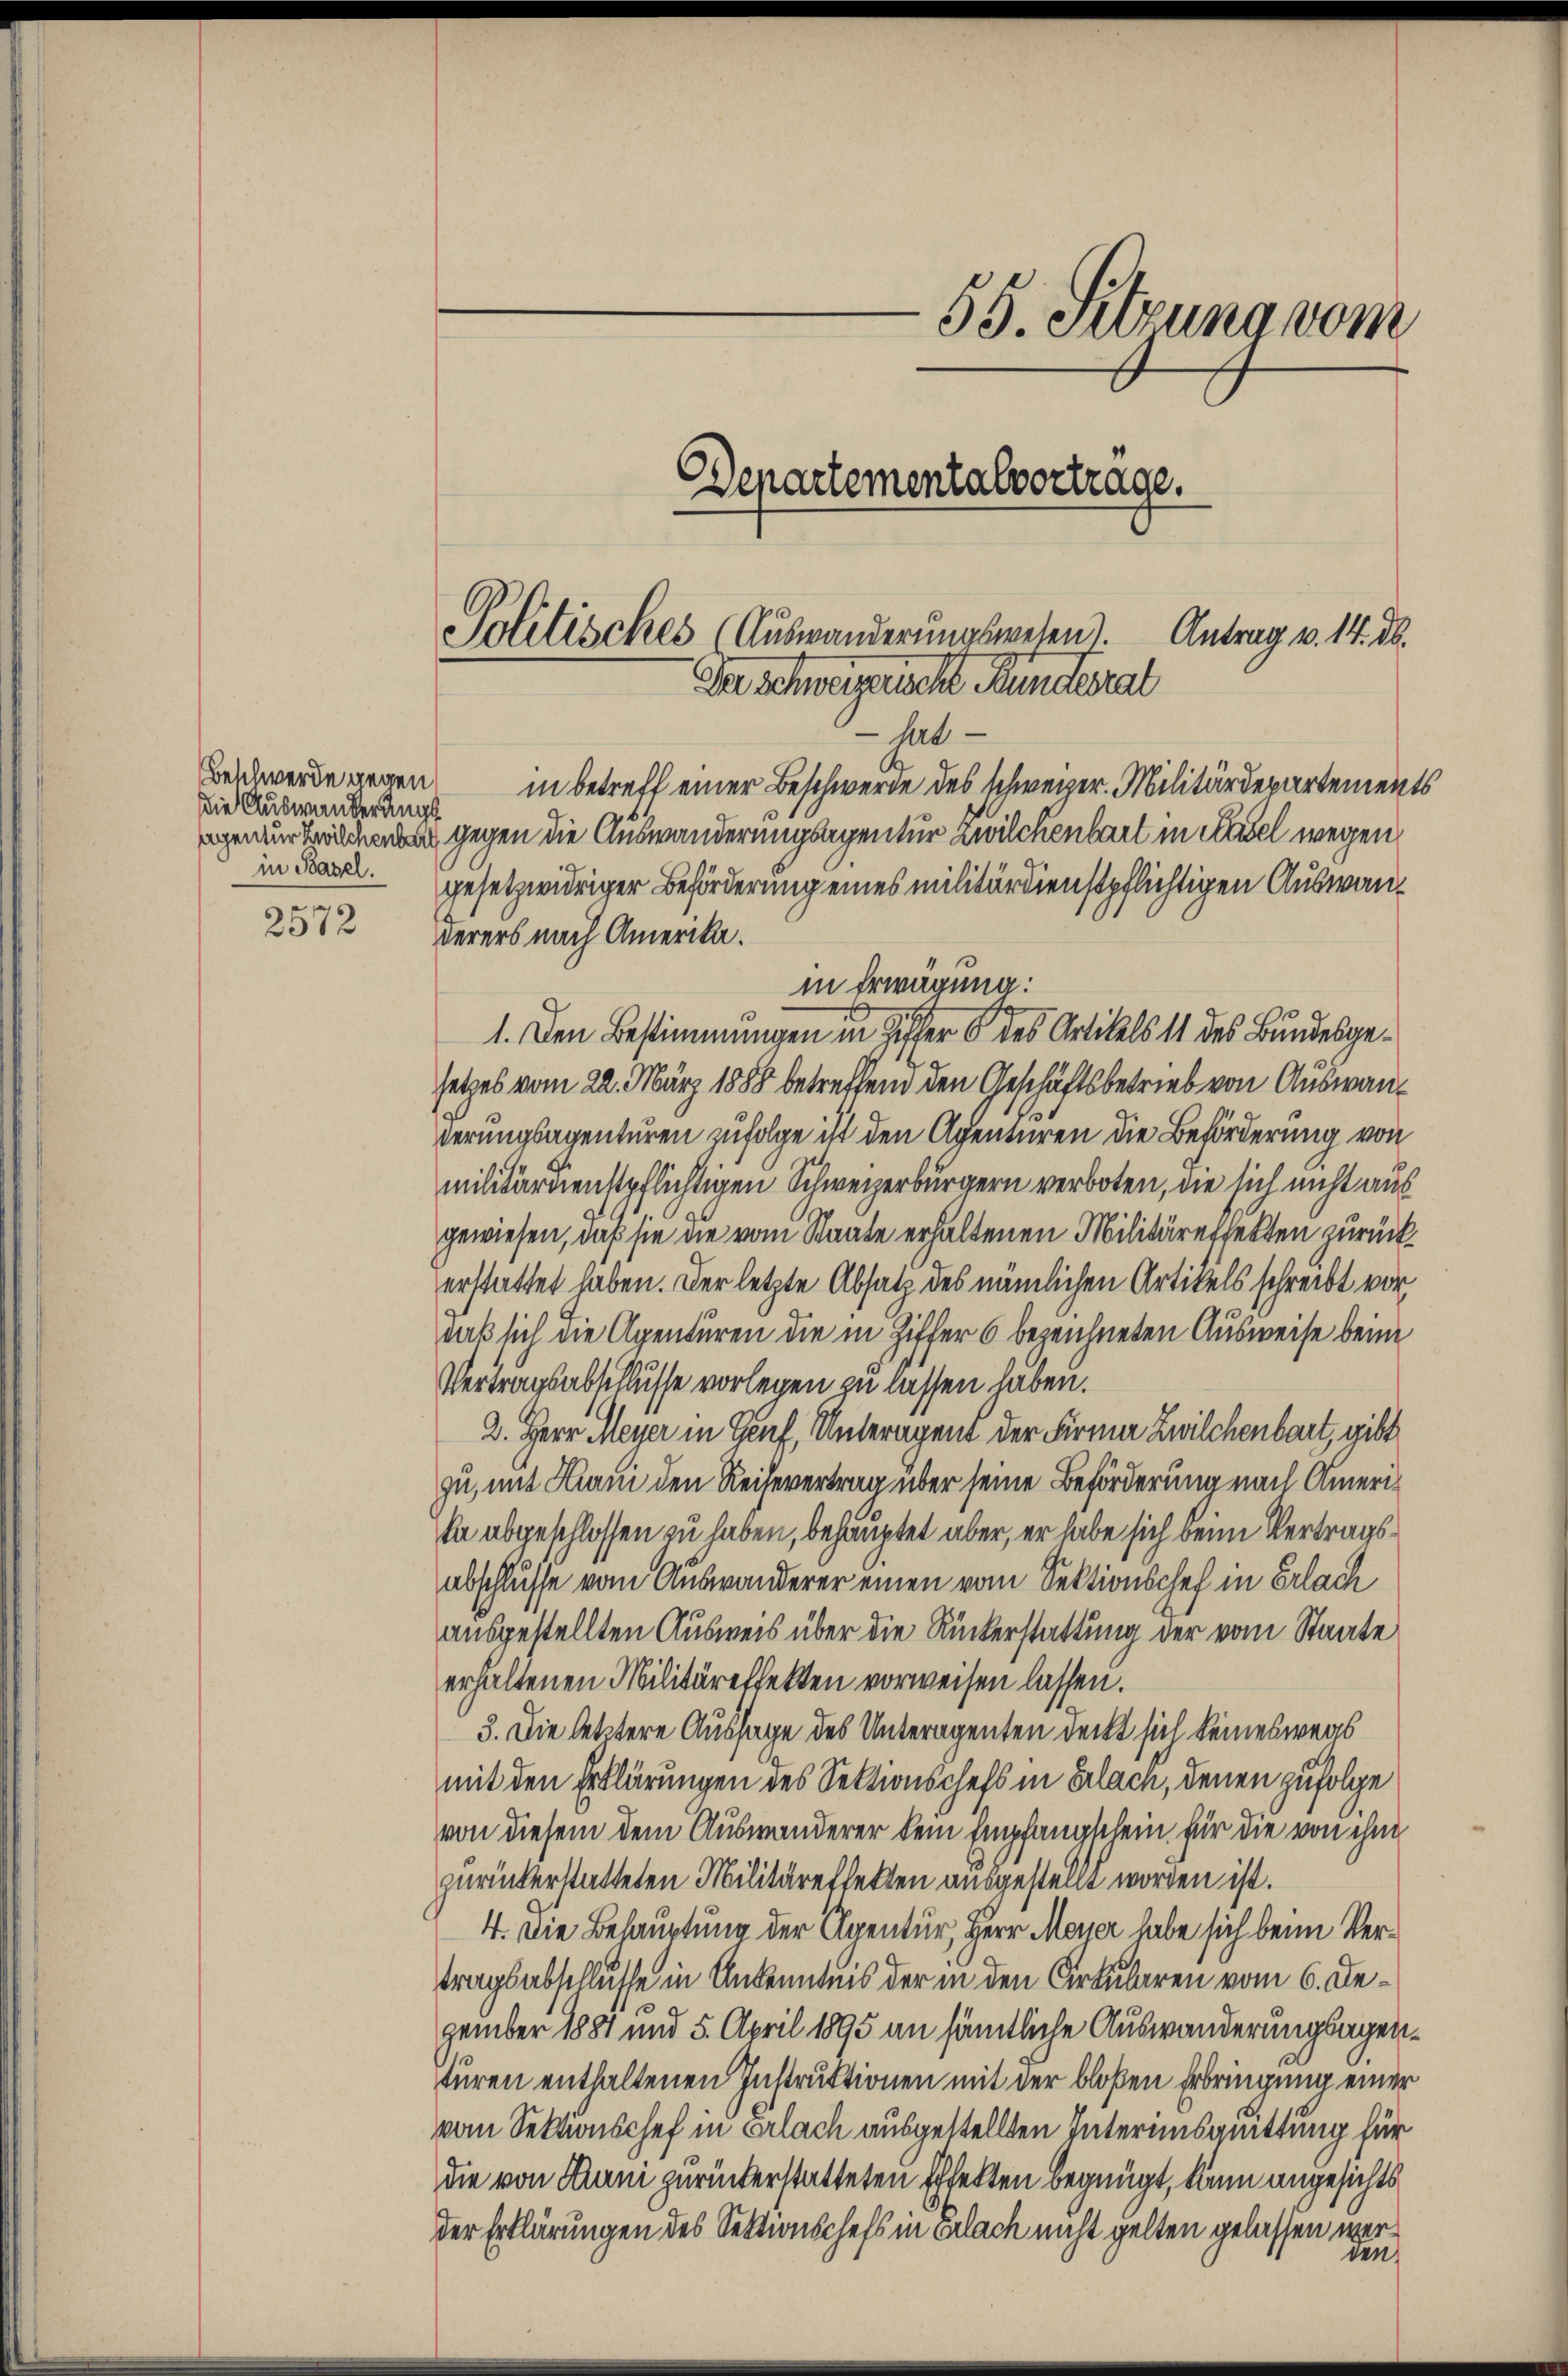
Die Auswanderungs
in Basel.

2572

gesetzwidriger Beförderung eines militärdienstpflichtigen Auswanderers nach Amerika.
in Erwägung:
1. Den Bestimmungen in Ziffer 6 des Artikels 11 des Bundesgesetzes vom 22. März 1888 betreffend den Geschäftsbetrieb von Auswanderungsagenturen zufolge ist den Agenturen die Beförderung von
militärdienstpflichtigen Schweizerbürgern verboten, die sich nicht aus
gewiesen, daß sie die vom Staate erhaltenen Militäreffekten zurückerstattet haben. Der letzte Absatz des nämlichen Artikels schreibt vor,
daß sich die Agenturen die in Ziffer 6 bezeichneten Ausweise beim
Vertragsabschlusse vorlegen zu lassen haben.
2. Herr Meyer in Genf, Unteragent der Firma Zwilchenbart, gibt
zu, mit Krani den Reihevertrag über seine Beförderung nach Amerika abgeschlossen zu haben, behauptet aber, er habe sich beim Vertragsabschlüsse vom Auswanderer einen vom Sektionschef in Erlach
ausgestellten Ausweis über die Rückerstattung der vom Staate
erhaltenen Militäreffekten vorweisen lassen.
3. Die letztere Aussage des Unteragenten deckt sich keineswegs
mit den Erklärungen des Sektionschefs in Erlach, denen zufolge
von diesem dem Auswanderer kein Empfangschein für die von ihm
zurückerstatteten Militäreffetten ausgestellt worden ist.
4. Die Behauptung der Apentur, Herr Meyer habe sich beim Vertragsabschlusse in Ankenntnis der in den Cirkularen vom 6. Dezember 1881 und 5. April 1895 an sämtliche Auswanderungsagenturen enthaltenen Instruktionen mit der bloßen Erbringung einer
vom Sektionschef in Erlach ausgestellten Interimsquittung für
die von Kuni zurückerstatteten Effekten begnügt, kann angesichts
der Erklärungen des Sektionschefs in Erlach nicht gelten gelassen werden

55. Sitzung vom
Departementalvorträge.
Politisches (Auswanderŭngswesen). Antrag v. 14. ds.
Ihr schweizericht Bundesrat

hat.
Beschwerde wegen in betreff einer Beschwerde des schweizer. Militärdepartements
ge gegen die Auswanderungsagentur zwilchenbart in Hasel wegen